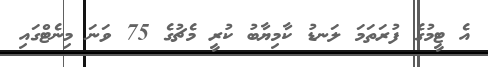
އެ ޓީމުގެ ފުރަތަމަ ލަނޑު ކާމިޔާބު ކުރީ މެޗުގެ 75 ވަނަ މިނެޓްގައި